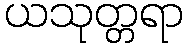
ယသုတ္တရာ